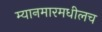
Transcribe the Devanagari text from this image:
म्यानमारमधीलच